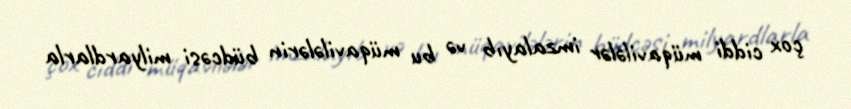
çox ciddi müqavilələr imzalayıb və bu müqavilələrin büdcəsi milyardlarla